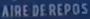
AIREDEREPOS